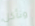
ونأكل